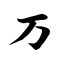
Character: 万